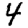
Digit: 4